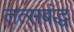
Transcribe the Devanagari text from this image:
तत्सबंद्ध